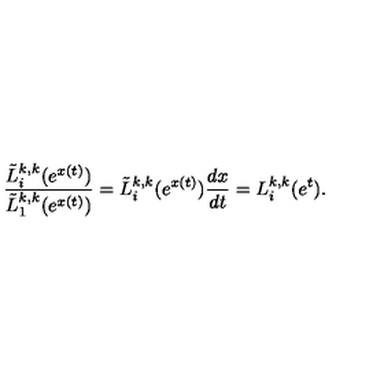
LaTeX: \frac { \tilde { L } _ { i } ^ { k , k } ( e ^ { x ( t ) } ) } { \tilde { L } _ { 1 } ^ { k , k } ( e ^ { x ( t ) } ) } = \tilde { L } _ { i } ^ { k , k } ( e ^ { x ( t ) } ) { \frac { d x } { d t } } = L _ { i } ^ { k , k } ( e ^ { t } ) .